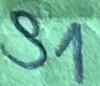
Text: S1